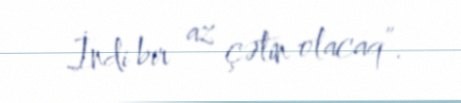
İndi bir az çətin olacaq”.